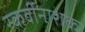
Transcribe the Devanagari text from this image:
स्कर्वीनाशक